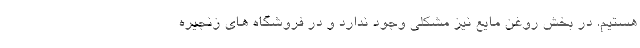
هستیم. در بخش روغن مایع نیز مشکلی وجود ندارد و در فروشگاه های زنجیره